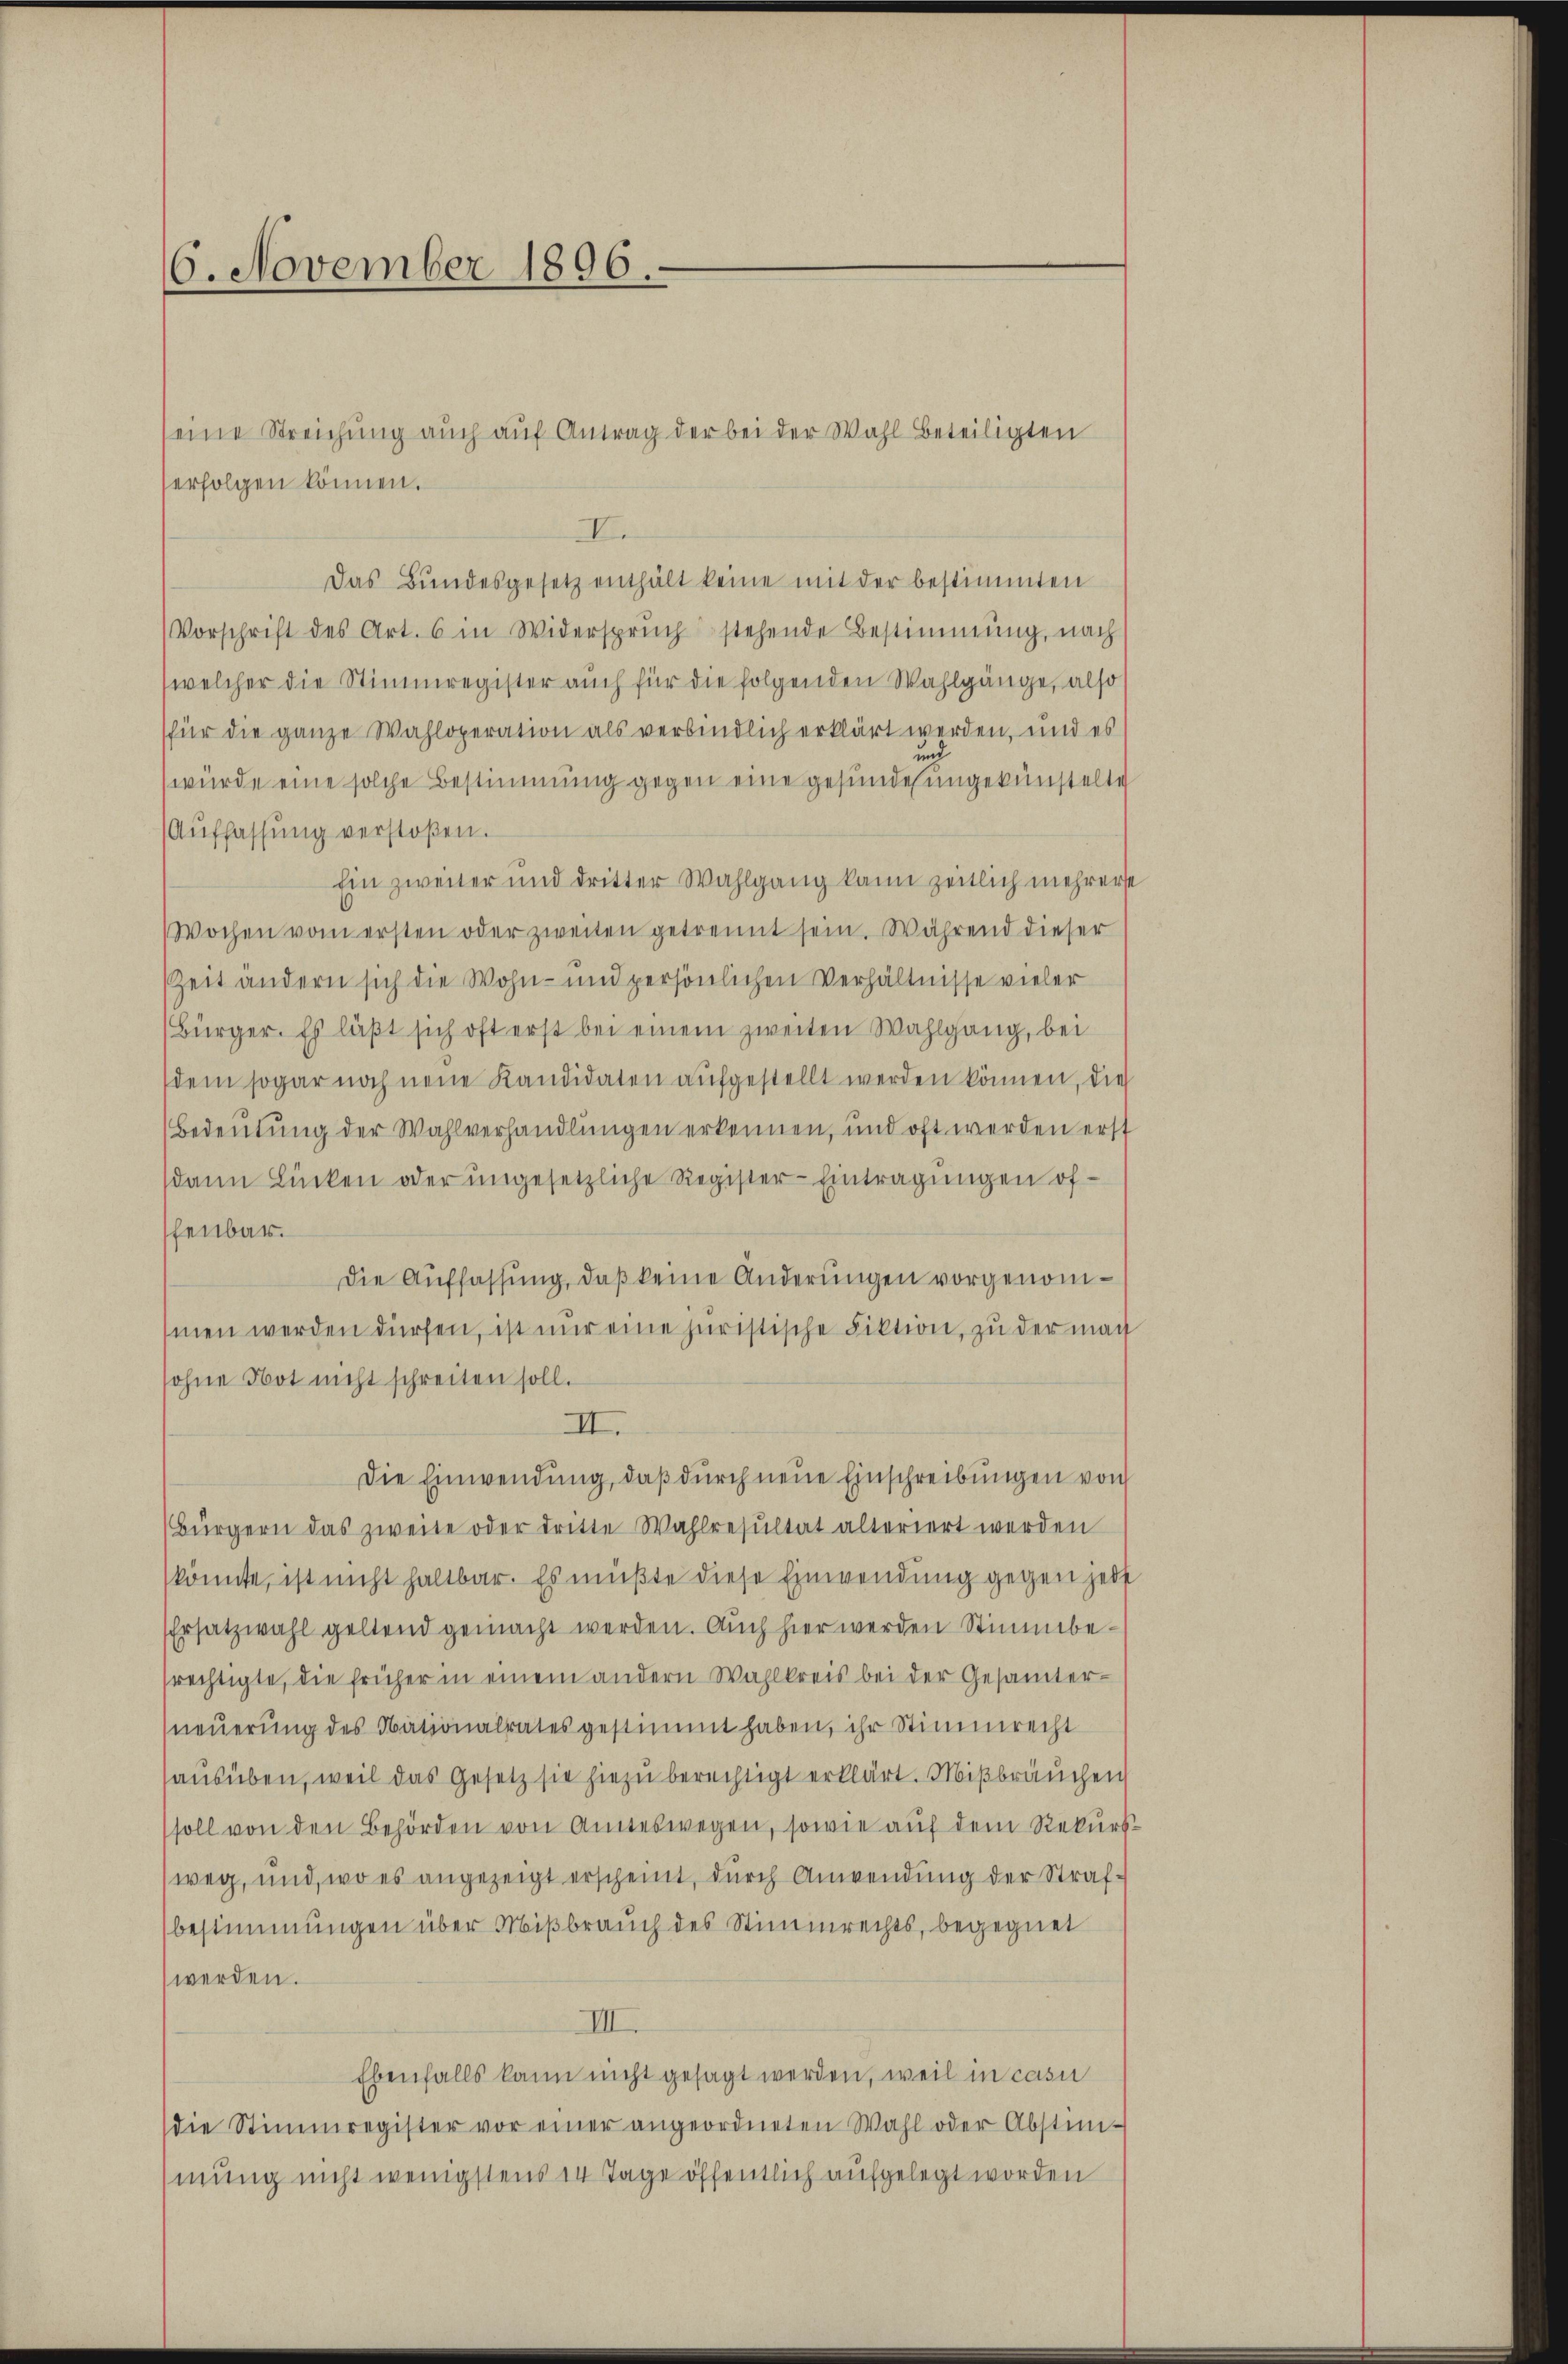
erfolgen können.
I.
Das Bundesgesetz enthält keine mit der bestimmten
Vorschrift des Art. 6 in Widerspruch stehende Bestimmung, nach
(welcher die Stimmregister auch für die folgenden Wahlgänge, also
für die ganze Wahloperation als verbindlich erklärt werden, und es
würde eine solche Bestimmung gegen eine gesunde ungekünstelte
Auffassung verstoßen.
Ein zweiter und dritter Wahlgang kann zeitlich mehrerse
Wochen vom ersten oder zweiten getrennt sein. Während dieser
ZZeit andern sich die Wohn- und persönlichen Verhältnisse vieler
(Bürger. Es läßt sich oft erst bei einem zweiten Wahlgang, bei
dem sogar noch neue Kandidaten aŭfgestellt werden können, die
Bedeutung der Wahlverhandlungen erkennen, und oft werden erst
dann Lücken oder ungesetzliche Register-Eintragungen of-
henbar.
Die Auffassŭng, daß keine Änderŭngen vorgenommen werden dürfen, ist nur eine juristische Fiktion, zu der mach
sohne Not nicht schreiten soll.
II.
Die Einwendung, daβ dŭrch neue Einschreibungen von
Bürgern das zweite oder dritte Wahlresultat alteriert werden
könnte, ist nicht haltbar. Es müßte diese Einwendung gegen jede
Ersatzwahl geltend gemacht werden. Auch hier werden Stimmbesrechtigte, die früher in einem andern Wahlkreis bei der Gesamterneŭerŭng des Nationalrates gestimmt haben, ihr Stimmrecht
ausüben, weil das Gesetz sie hiezu berechtigt erklärt. Mißbräuchen
soll von den Behörden von anneswegen, sowie auf dem Rekursweg, und, wo es angezeigt erscheint, durch Anwendung der Strafbestimmungen über Mißbrauch des Stimmrechts, begegnet
werden.
III.
Ebenfalls kann nicht gesagt werden, weil in casu
die Stimmregister vor einer angeordneten Wahl oder Abstim-
mung nicht wenigstens 14 Tage öffentlich aufgelegt worden

6. November 1896.

seine Streichung auch auf Antrag der bei der Wahl beteiligten